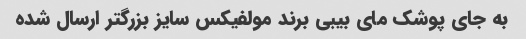
به جای پوشک مای بیبی برند مولفیکس سایز بزرگتر ارسال شده